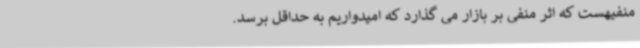
منفیهست که اثر منفی بر بازار می گذارد که امیدواریم به حداقل برسد.